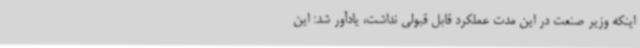
اینکه وزیر صنعت در این مدت عملکرد قابل قبولی نداشت، یادآور شد: این